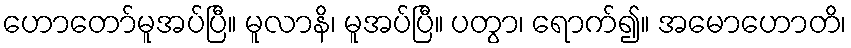
ဟောတော်မူအပ်ပြီ။ မူလာနိ၊ မူအပ်ပြီ။ ပတွာ၊ ရောက်၍။ အမောဟောတိ၊